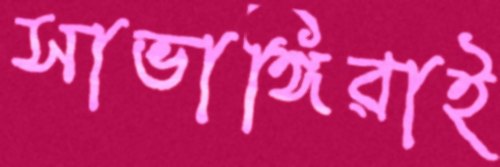
সাভাঙ্গিরাই